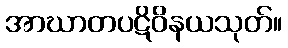
အာဃာတပဋိဝိနယသုတ်။